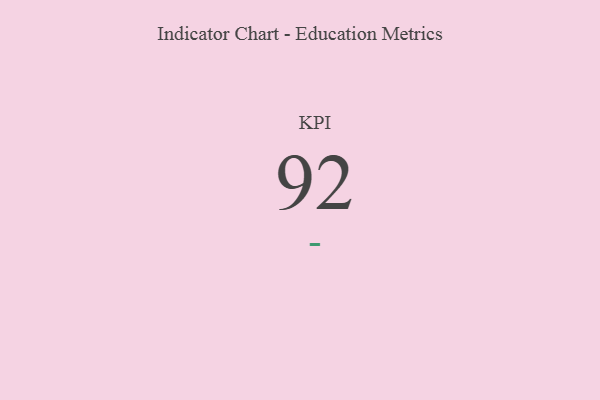
{"axis": {"x": "KPI", "y": "Value"}, "legend": [""], "data": [{"x": "KPI", "y": 92, "type": ""}]}